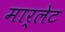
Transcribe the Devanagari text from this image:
मार्लेट